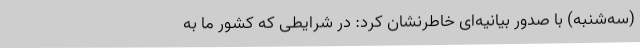
(سه‌شنبه) با صدور بیانیه‌ای خاطرنشان کرد: در شرایطی که کشور ما به